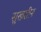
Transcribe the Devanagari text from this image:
सुखहीन